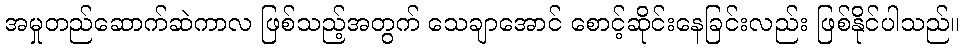
အမှုတည်ဆောက်ဆဲကာလ ဖြစ်သည့်အတွက် သေချာအောင် စောင့်ဆိုင်းနေခြင်းလည်း ဖြစ်နိုင်ပါသည်။